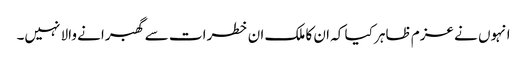
انہوں نے عزم ظاہر کیا کہ ان کا ملک ان خطرات سے گھبرانے والا نہیں۔